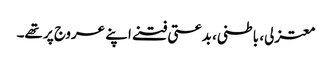
معتزلی، باطنی، بدعتی فتنے اپنے عروج پر تھے۔